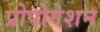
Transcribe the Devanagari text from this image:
प्रोपोगेशन